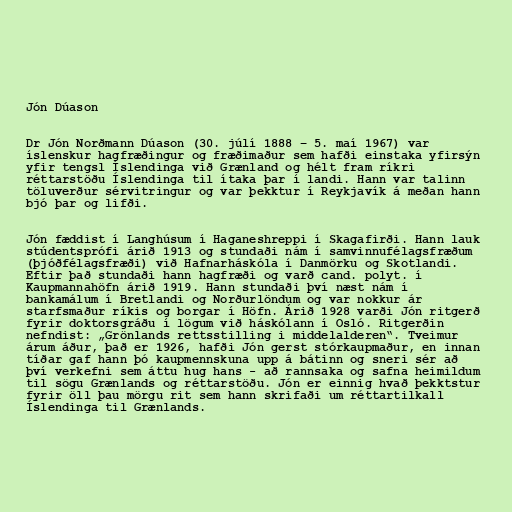
Jón Dúason

Dr Jón Norðmann Dúason (30. júlí 1888 – 5. maí 1967) var
íslenskur hagfræðingur og fræðimaður sem hafði einstaka yfirsýn
yfir tengsl Íslendinga við Grænland og hélt fram ríkri
réttarstöðu Íslendinga til ítaka þar í landi. Hann var talinn
töluverður sérvitringur og var þekktur í Reykjavík á meðan hann
bjó þar og lifði.

Jón fæddist í Langhúsum í Haganeshreppi í Skagafirði. Hann lauk
stúdentsprófi árið 1913 og stundaði nám í samvinnufélagsfræðum
(þjóðfélagsfræði) við Hafnarháskóla í Danmörku og Skotlandi.
Eftir það stundaði hann hagfræði og varð cand. polyt. í
Kaupmannahöfn árið 1919. Hann stundaði því næst nám í
bankamálum í Bretlandi og Norðurlöndum og var nokkur ár
starfsmaður ríkis og borgar í Höfn. Árið 1928 varði Jón ritgerð
fyrir doktorsgráðu í lögum við háskólann í Osló. Ritgerðin
nefndist: „Grönlands rettsstilling i middelalderen“. Tveimur
árum áður, það er 1926, hafði Jón gerst stórkaupmaður, en innan
tíðar gaf hann þó kaupmennskuna upp á bátinn og sneri sér að
því verkefni sem áttu hug hans - að rannsaka og safna heimildum
til sögu Grænlands og réttarstöðu. Jón er einnig hvað þekktstur
fyrir öll þau mörgu rit sem hann skrifaði um réttartilkall
Íslendinga til Grænlands.